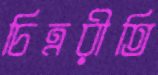
চিত্ররীতি